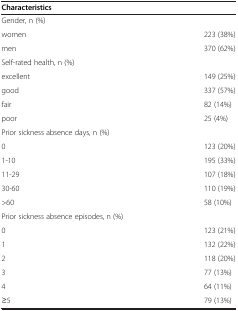
| Characteristics |  |
 | --- | --- |
 | Gender, n (%) |  |
 | women | 223 (38%) |
 | men | 370 (62%) |
 | Self-rated health, n (%) |  |
 | excellent | 149 (25%) |
 | good | 337 (57%) |
 | fair | 82 (14%) |
 | poor | 25 (4%) |
 | Prior sickness absence days, n (%) |  |
 | 0 | 123 (20%) |
 | 1-10 | 195 (33%) |
 | 11-29 | 107 (18%) |
 | 30-60 | 110 (19%) |
 | >60 | 58 (10%) |
 | Prior sickness absence episodes, n (%) |  |
 | 0 | 123 (21%) |
 | 1 | 132 (22%) |
 | 2 | 118 (20%) |
 | 3 | 77 (13%) |
 | 4 | 64 (11%) |
 | ≥5 | 79 (13%) |